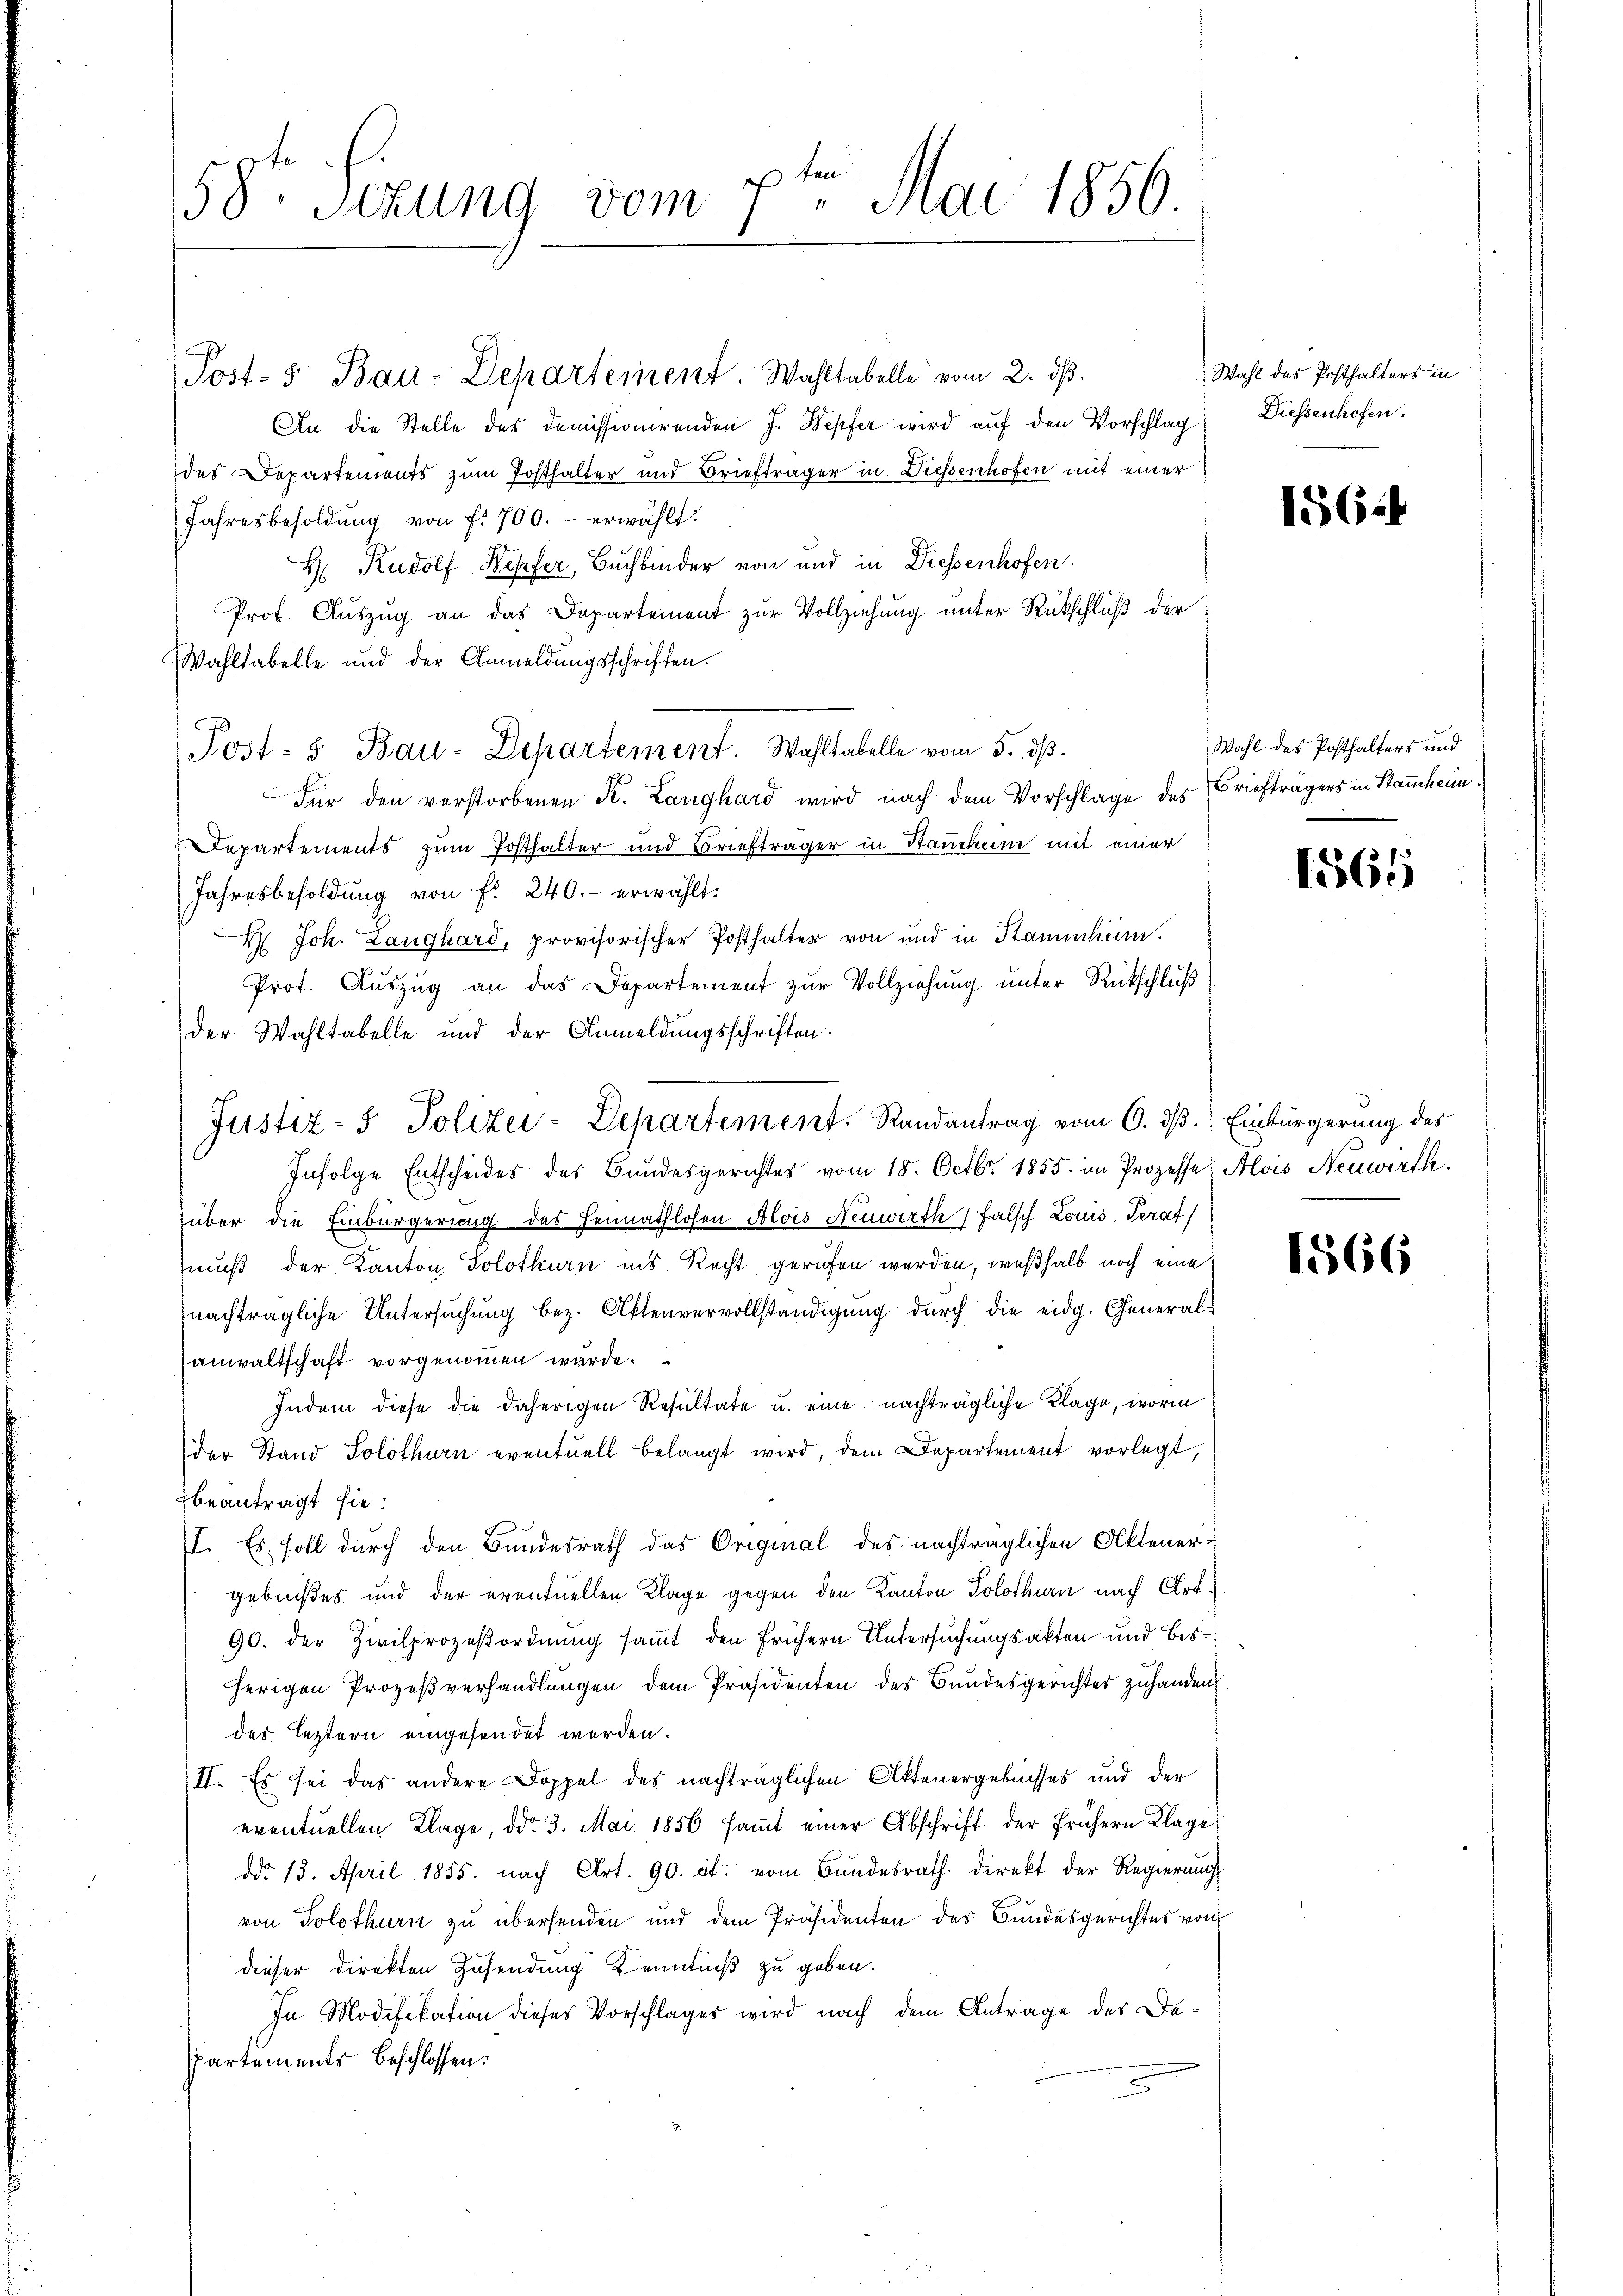
pten Mai 1856.
58. Stzung vom

An die Stelle des Demissionirenden J. Wepfer wird auf den Vorschlag
des Departements zum Posthalter und Briefträger in Diessenhofen mit einer
Jahresbesoldung von f. 700.- erwählt:
H. Rudolf Wepfer, Buchbinder von und in Diessenhofen.
Prof. Auszug an das Departement zur Vollziehung unter Rückschluß der
Wahltabelle und der Anmeldungsschriften.
Post- u Bau-Departement. Wahltabelle vom 5. dβ.
Für den verstorbenen K. Langhard wird nach dem Vorschlage des Briefträgers in Stammheim¬
Repartements zum Posthalter und Briefträger in Stauchen mit einer
Jahresbesoldŭng von f. 240.- erwählt:
 Joh. Langhard, provisorischer Posthalter von und in Stammhein.
Prot. Auszug an das Departement zur Vollziehung unter Rückschluß
der Wahltabelle und der Anmeldungsschriften.
Infolge Entscheides des Bundesgerichtes vom 18. Octbr. 1855. im Prozesse Alois Neuwirth
über die Einbürgerung des Heimathlosen Alois Neuwirth falsch Louis, Serat
muß der Kanton Solothurn ins Recht gerufen werden, weßhalb noch eine
nachträgliche Untersŭchŭng bez. Aktenvervollständigung durch die eidg. General-
anwaltschaft vorgenommen wurde.
Indem diese die daherigen Resultate u. eine nachträgliche Klage, worin
der Stand Solothurn eventuell belangt wird, dem Departement vorlegt,
beanträgt sie:
II. Es soll durch den Bundesrath das Original des nachträglichen Aktenergebnißes und der eventuellen Klage gegen den Kanton Solothurn nach Art.
90. der Zivilprozeßordnung sammt den frühern Untersuchungsakten und bisherigen Prozeßverhandlungen dem Präsidenten des Bundesgerichtes zuhanden
des Leztern eingesendet werden.
II. Es sei das andere Doppel des nachträglichen Aktenergebnisses und der
eventuellen Klage, ddo 3. Mai 1856 sammt einer Abschrift der frühern Klage
ddo 13. April 1855. nach Art. 90. et. vom Bundesrath direkt der Regierung
von Solothurn zu übersenden und dem Präsidenten des Bundesgerichtes von
dieser Direkten Zusendung Kenntniß zu geben.
In Modifikation dieses Vorschlages wird nach dem Anträge des Despartements beschlossen:
u

Post- 5. Bau-Departement. Wahltabelle vom 2. dβ.

Justiz- & Polizei-Departement. Randantrag vom 6. ds. Einbürgerung des

Wahl des Posthalters in
Diessenhofen.

1564

Wahl des Posthalters und

1565

1566